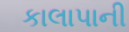
કાલાપાની